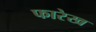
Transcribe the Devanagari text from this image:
फारेख